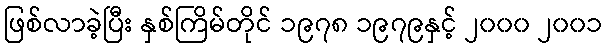
ဖြစ်လာခဲ့ပြီး နှစ်ကြိမ်တိုင် ၁၉၇၈ ၁၉၇၉နှင့် ၂၀၀၀ ၂၀၀၁